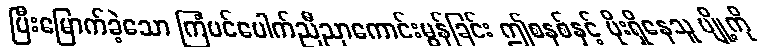
ပြီးမြောက်ခဲ့သော ကြံပင်ပေါက်ညီညာကောင်းမွန်ခြင်း ဤစနစ်နှင့် ပိုးရှိနေသူ ပျို့ကို